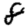
Digit: 8